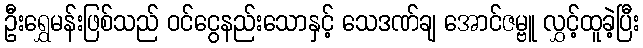
ဦးရွှေမန်းဖြစ်သည် ဝင်ငွေနည်းသောနှင့် သေဒဏ်ချ အောင်ဇမ္ဗူ လွှင့်ထူခဲ့ပြီး